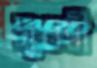
সুধন্বী